Suggestions for procedure with regard to school attendance under the Education (Scotland) Act, 1936, sections 1 to 3 and 5, 1936
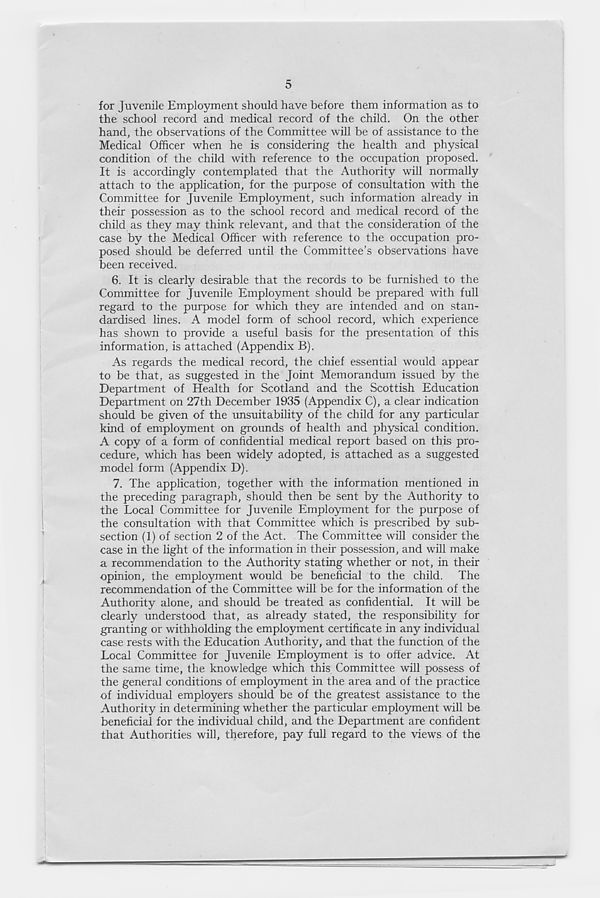
5
for Juvenile Employment should have before them information as to
the school record and medical record of the child. On the other
hand, the observations of the Committee will be of assistance to the
Medical Officer when he is considering the health and physical
condition of the child with reference to the occupation proposed.
It is accordingly contemplated that the Authority will normally
attach to the application, for the purpose of consultation with the
Committee for Juvenile Employment, such information already in
their possession as to the school record and medical record of the
child as they may think relevant, and that the consideration of the
case by the Medical Officer with reference to the occupation pro-
posed should be deferred until the Committee’s observations have
been received.
6. It is clearly desirable that the records to be furnished to the
Committee for Juvenile Employment should be prepared with full
regard to the purpose for which they are intended and on stan-
dardised lines. A model form of school record, which experience
has shown to provide a useful basis for the presentation of this
information, is attached (Appendix B).
As regards the medical record, the chief essential would appear
to be that, as suggested in the Joint Memorandum issued by the
Department of Health for Scotland and the Scottish Education
Department on 27th December 1935 (Appendix C), a clear indication
should be given of the unsuitability of the child for any particular
kind of employment on grounds of health and physical condition.
A copy of a form of conhdential medical report based on this pro-
cedure, which has been widely adopted, is attached as a suggested
model form (Appendix D).
7. The application, together with the information mentioned in
the preceding paragraph, should then be sent by the Authority to
the Local Committee for Juvenile Employment for the purpose of
the consultation with that Committee which is prescribed by sub-
section (1) of section 2 of the Act. The Committee will consider the
case in the light of the information in their possession, and will make
a recommendation to the Authority stating whether or not, in their
opinion, the employment would be beneficial to the child. The
recommendation of the Committee will be for the information of the
Authority alone, and should be treated as confidential. It will be
clearly understood that, as already stated, the responsibility for
granting or withholding the employment certificate in any individual
case rests with the Education Authority, and that the function of the
Local Committee for Juvenile Employment is to offer advice. At
the same time, the knowledge which this Committee will possess of
the general conditions of employment in the area and of the practice
of individual employers should be of the greatest assistance to the
Authority in determining whether the particular employment will be
beneficial for the individual child, and the Department are confident
that Authorities will, therefore, pay full regard to the views of the